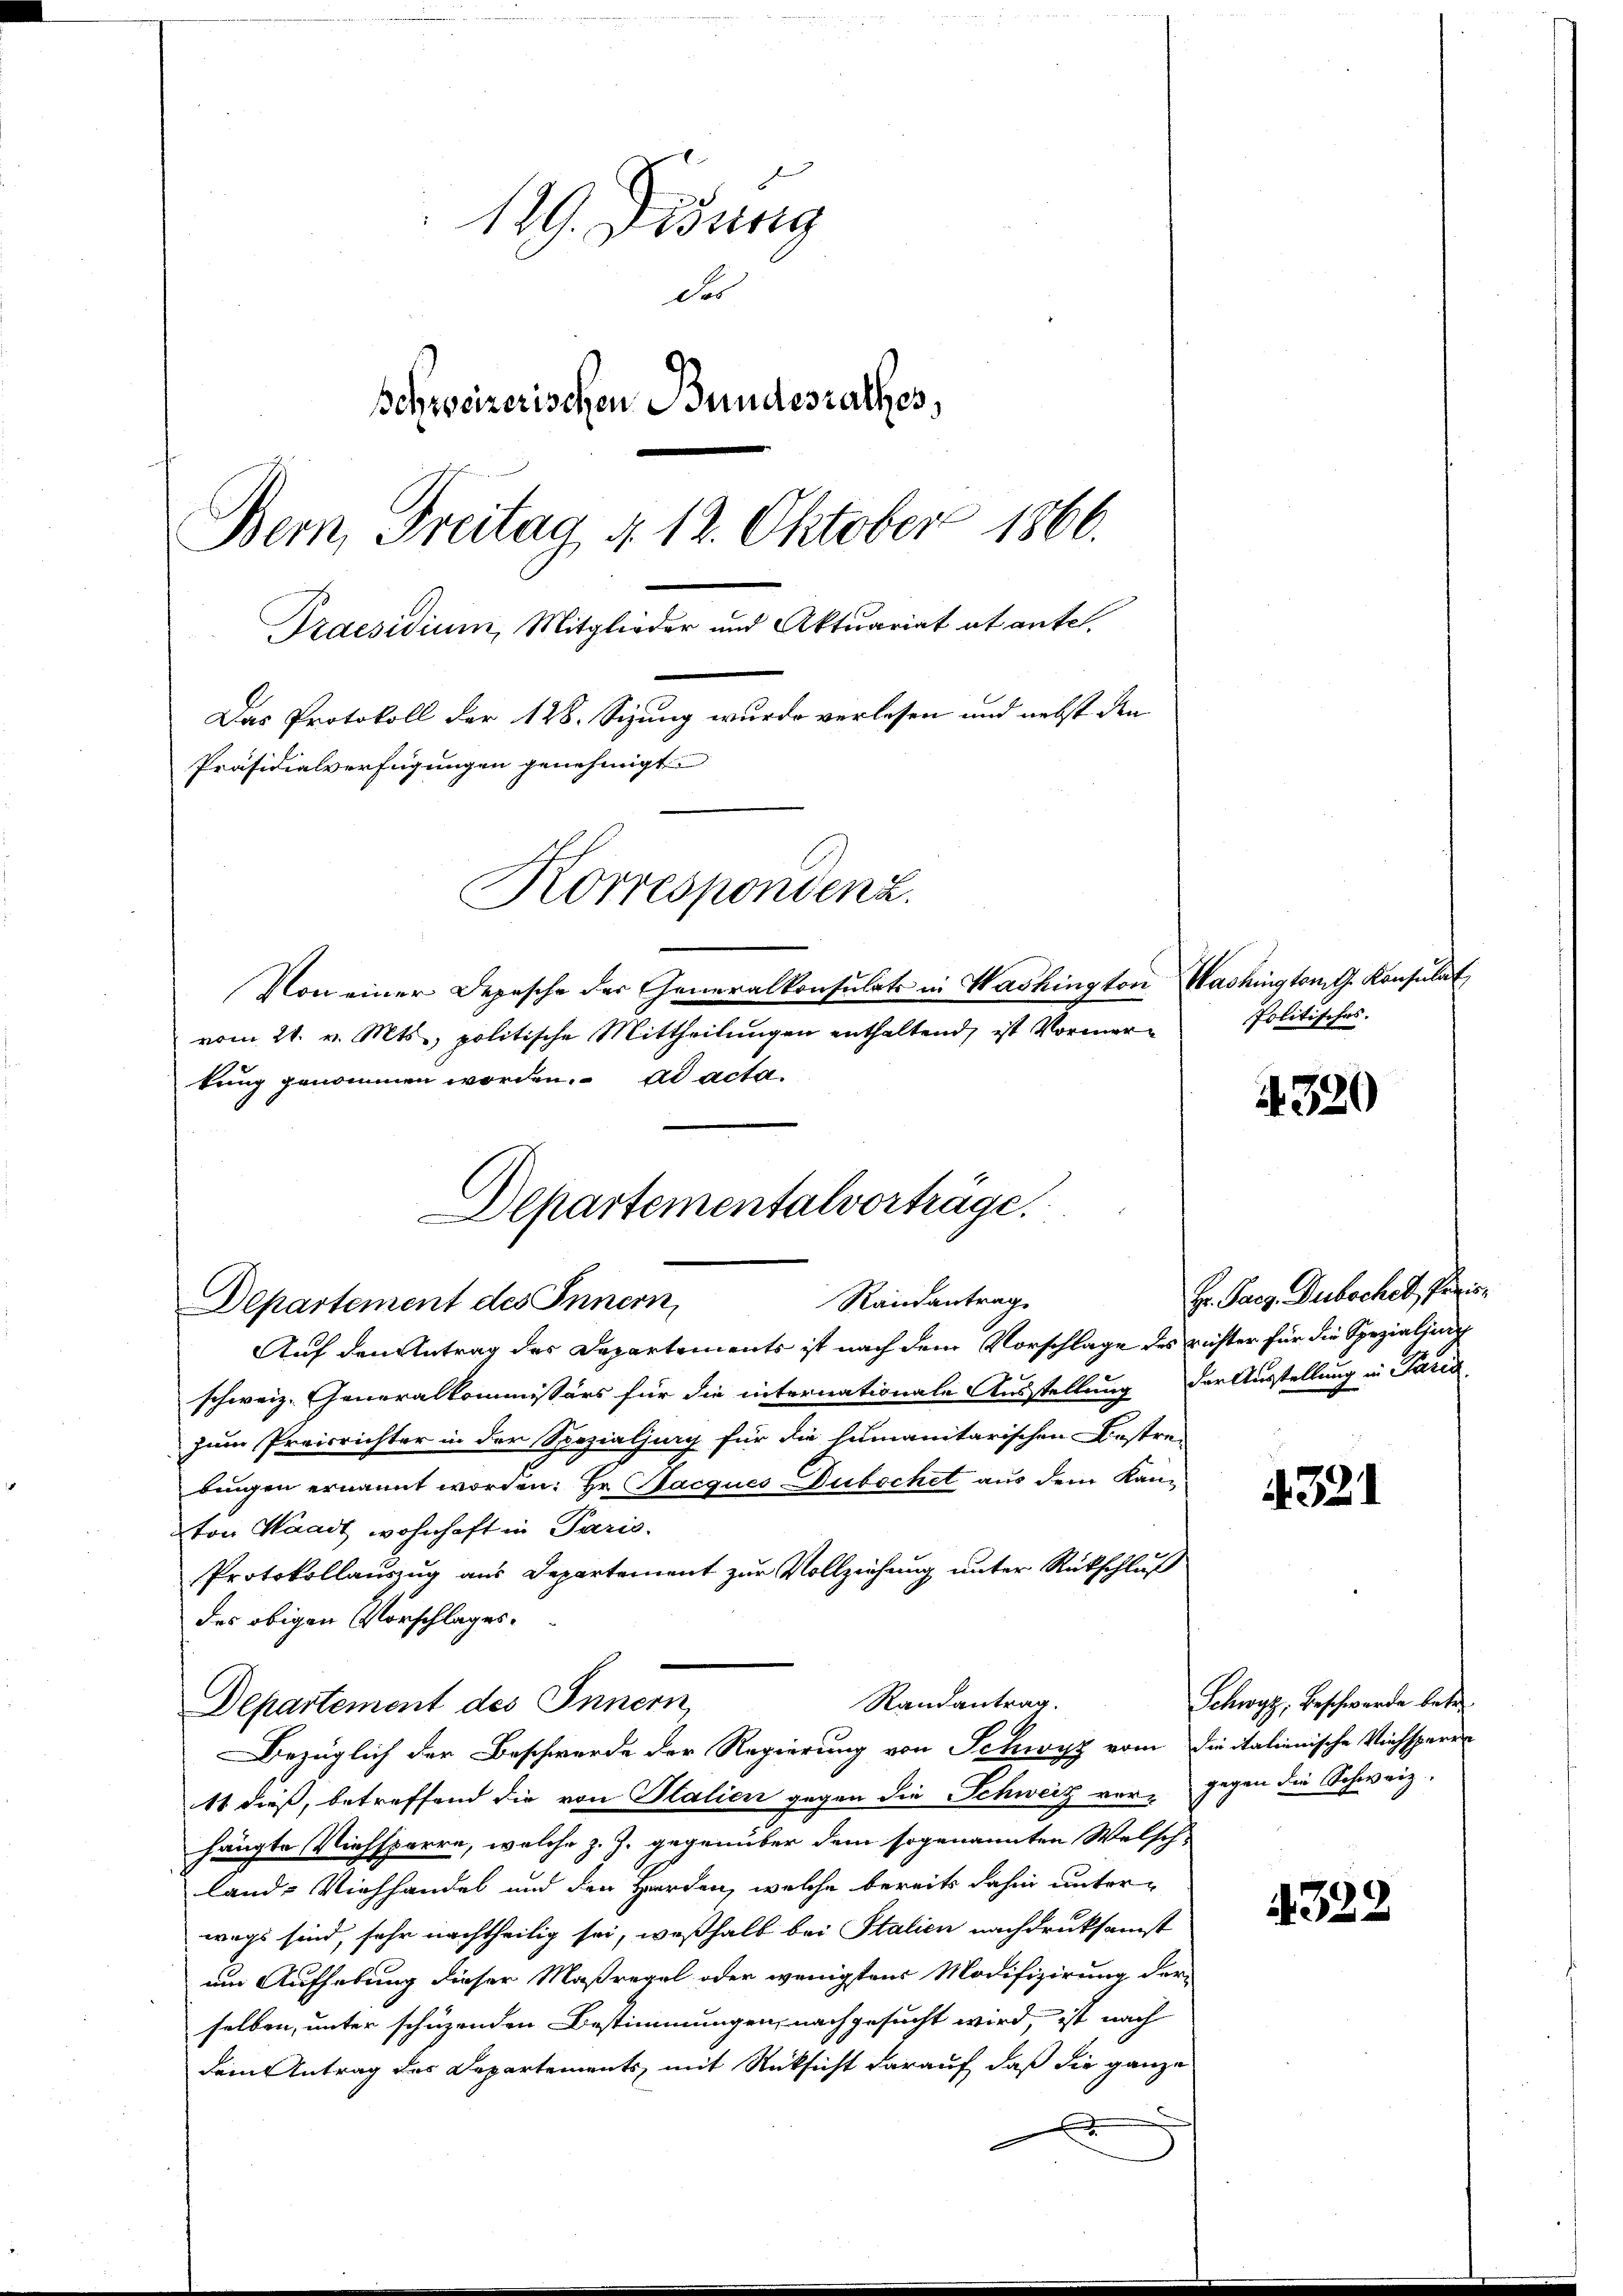
129. Didung
des
Schweizerischen Bundesrathes,
Bern, Freitag §. 12. Oktober 1866.
Praesidium, Mitglieder und Aktuariat ab antel.
Das Protokoll der 128. Sizung wurde verlesen und nebst den
Präsidialverfügungen genehmigt
Korrespondenz.
Von einer Depesche der Generalkonsulats in Washington Washington J. Konsulat,

vom 21. v. Mts., politische Mittheilungen enthaltend, ist Vormerkung genommen worden. ad acta.

Departementalvorträge.
Randantrag
Departement des Innern,

Randantrag.
Departement des Innern,

Auf den Antrag des Departements ist nach dem Vorschlage des richter für die Spezialjung
schweiz. Generalkommissärs für die internationale Ausstellung der Ausstellung in Paris
zum Preisrichter in der Spezialjug für die humanitarischen Bestre-
bingen ernannt worden. Hr. Stacques Dubochet aus dem Kanton Waadt wohnhaft in Paris.
Protokollauszug aus Departement zur Vollziehung unter Rückschluß
des obigen Vorschlages.
Bezüglich der Beschwerde der Regierung von Schwyz vom die italienische Viehsparen
11 dieß, betreffend die von Salien gegen die Schweiz vor, gegen die Schweiz.
hängte Viehsperre, welche z. Z. gegenüber dem sogenannten Welsch-
land- Viehhandel und der Herden, welche bereits dahin unter-
wegs sind, sehr nachtheilig sei, weßhalb bei Stalien nachdruksamst
um Aufhebung dieser Maßregel oder wenigstens Modifizirung der
selben, unter schüzenden Bestimmungen, nachgesucht wird, ist nach
dem Antrag des Departements, mit Rücksicht darauf, daß die ganze
x

Politisches.

4320

Hr. Parz. Dubschel, Preis¬

4321

Schwyz, Beschwerde betr

4322